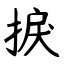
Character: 捩